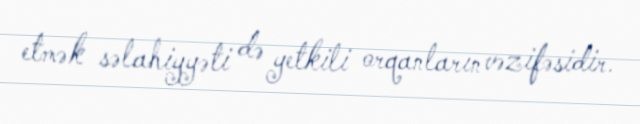
etmək səlahiyyəti də yetkili orqanların vəzifəsidir.